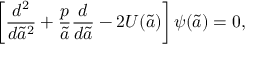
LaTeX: \left[ { \frac { d ^ { 2 } } { d { \tilde { a } } ^ { 2 } } } + { \frac { p } { \tilde { a } } } { \frac { d } { d \tilde { a } } } - 2 U ( \tilde { a } ) \right] \psi ( \tilde { a } ) = 0 ,